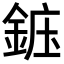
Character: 𬫝